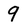
Character: 9